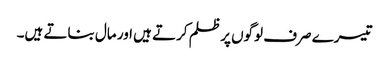
تیسرے صرف لوگوں پر ظلم کرتے ہیں اور مال بناتے ہیں۔